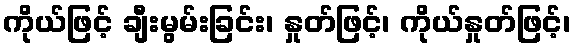
ကိုယ်ဖြင့် ချီးမွမ်းခြင်း၊ နှုတ်ဖြင့်၊ ကိုယ်နှုတ်ဖြင့်၊